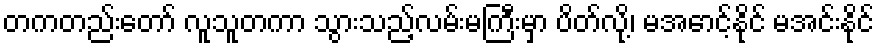
တကတည်းတော် လူသူတကာ သွားသည့်လမ်းမကြီးမှာ ပိတ်လို့၊ မအောင့်နိုင် မအင်းနိုင်